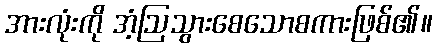
အားလုံးကို အံ့ဩသွားစေသောစကားဖြစ်၏။